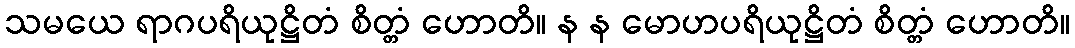
သမယေ ရာဂပရိယုဋ္ဌိတံ စိတ္တံ ဟောတိ။ န န မောဟပရိယုဋ္ဌိတံ စိတ္တံ ဟောတိ။